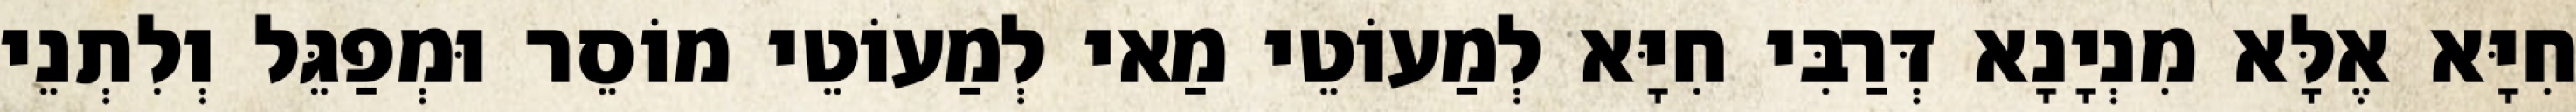
חִיָּא אֶלָּא מִנְיָנָא דְּרַבִּי חִיָּא לְמַעוֹטֵי מַאי לְמַעוֹטֵי מוֹסֵר וּמְפַגֵּל וְלִתְנֵי